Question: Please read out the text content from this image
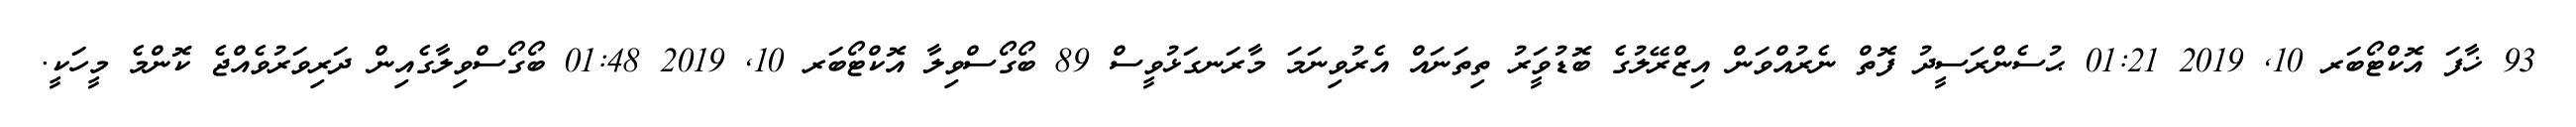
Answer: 93 ޚާފަ އޮކްޓޯބަރ 10, 2019 01:21 ޙުސެންރަސީދު ފޮތް ނެރުއްވަން އިޒްރޭލުގެ ބޮޑުވަީރު ތިތަނައް އެރުވިނަމަ މާރަނގަޅުވީސް 89 ބޯގޯސްވިލާ އޮކްޓޯބަރ 10, 2019 01:48 ބޯގޯސްވިލާގެއިން ދަރިވަރުވެއްޖެ ކޮންމެ މީހަކީ.